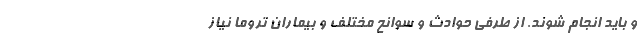
و باید انجام شوند. از طرفی حوادث و سوانح مختلف و بیماران تروما نیاز